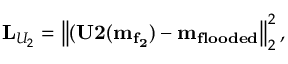
\mathbf { L } _ { U _ { 2 } } = \left\lVert ( \mathbf { U 2 ( m _ { f _ { 2 } } ) } - \mathbf { m _ { f l o o d e d } } \right\rVert _ { 2 } ^ { 2 } ,